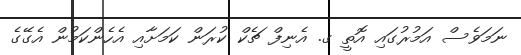
ނަމަވެސް އަމުރުގައި އޮތީ ގ. އެނިފް ޗެކް ކުރަން ކަމަށާއި އެހެންކަމުން އެގޭގެ